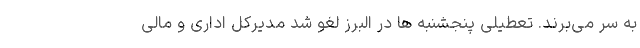
به سر می‌برند. تعطیلی پنجشنبه ها در البرز لغو شد مدیرکل اداری و مالی